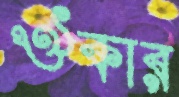
ঔকার